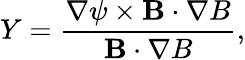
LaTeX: Y=\frac{\nabla\psi\times\mathbf{B}\cdot\nabla B}{\mathbf{B}\cdot\nabla B},